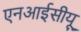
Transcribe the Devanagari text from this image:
एनआईसीयू